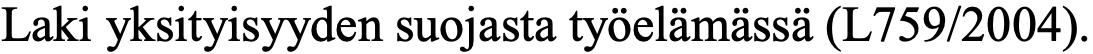
Laki yksityisyyden suojasta työelämässä (L759/2004).